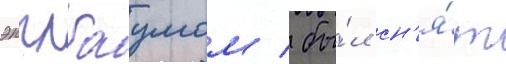
эпплбаумом / бы́л сн'я́т